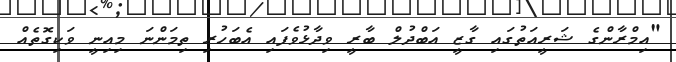
"އިމްރާންގެ ޝަރީއަތުގައި ގާޒީ އަބްދުލް ބާރީ ވިދާޅުވެފައި އެބަހުރި ތިމަންނަ މިއިނީީ ވަކިގޮތެއް